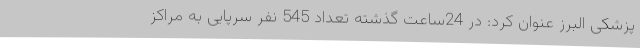
پزشکی البرز عنوان کرد: در 24ساعت گذشته تعداد 545 نفر سرپایی به مراکز